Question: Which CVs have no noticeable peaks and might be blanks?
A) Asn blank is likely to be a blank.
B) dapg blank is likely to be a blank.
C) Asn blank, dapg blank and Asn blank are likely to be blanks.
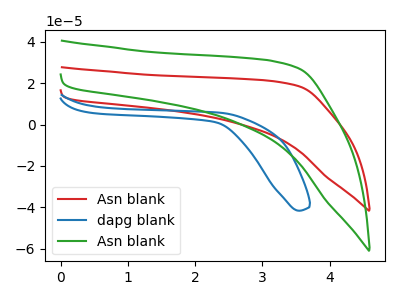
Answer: <think>The red curve "Asn blank" has no peaks. The blue curve "dapg blank" has no peaks. The green curve "Asn blank" has no peaks.</think>
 <answer>C) "Asn blank", "dapg blank" and "Asn blank" are likely to be blanks.</answer>
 <eval>C</eval>